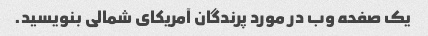
یک صفحه وب در مورد پرندگان آمریکای شمالی بنویسید.